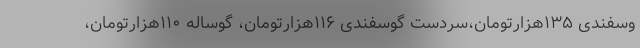
وسفندی ۱۳۵هزارتومان،سردست گوسفندی ۱۱۶هزارتومان، گوساله ۱۱۰هزارتومان،